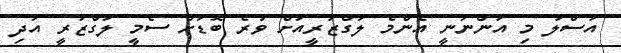
އަސްލު މި އަންނަނީ އެންމެ ލަގްޒަރީއަށް ވުރެ ބޮޑަށް ސެމީ ލަގްޒަރީ އަދި